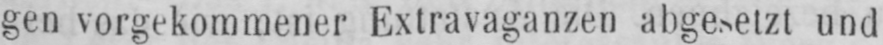
und